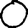
Digit: 0